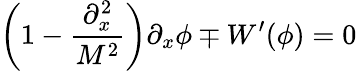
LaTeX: \left(1-\frac{\partial_{x}^{2}}{M^{2}}\right)\partial_{x}\phi\mp W^{\prime}(\phi)=0